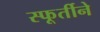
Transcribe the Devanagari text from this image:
स्फूर्तीने